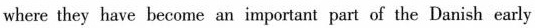
where they have become an important part of the Danish early